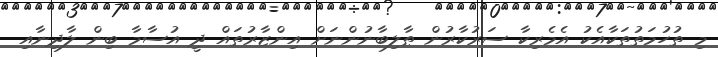
މި ތުހުމަތުތަކާއެކު އެމެރިކާ ސަރުކާރުން ޠާލިބާނުންނަށް އިންޒާރުތައް ދީ އުސާމާ ބިން ލާދިނާއި